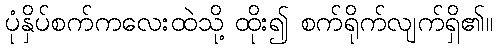
ပုံနှိပ်စက်ကလေးထဲသို့ ထိုး၍ စက်ရိုက်လျက်ရှိ၏။